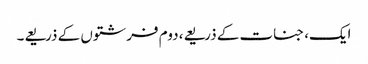
ایک، جنات کے ذریعے، دوم فرشتوں کے ذریعے۔